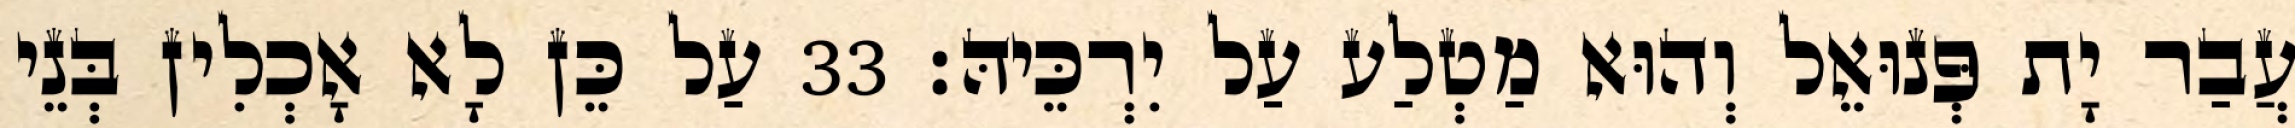
עֲבַר יָת פְּנוּאֵל וְהוּא מַטְלַע עַל יִרְכֵּיהּ׃ 33 עַל כֵּן לָא אָכְלִין בְּנֵי